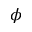
\phi